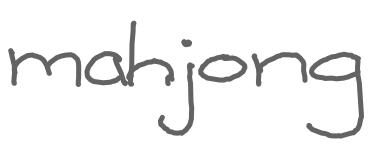
Text: mahjong
Cross-out: clean
Writing tool: digital_gray